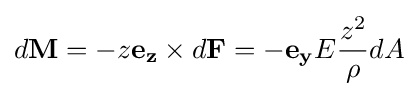
d\mathbf {M} =-z\mathbf {e_{z}} \times d\mathbf {F} =-\mathbf {e_{y}} E{\frac {z^{2}}{\rho }}dA